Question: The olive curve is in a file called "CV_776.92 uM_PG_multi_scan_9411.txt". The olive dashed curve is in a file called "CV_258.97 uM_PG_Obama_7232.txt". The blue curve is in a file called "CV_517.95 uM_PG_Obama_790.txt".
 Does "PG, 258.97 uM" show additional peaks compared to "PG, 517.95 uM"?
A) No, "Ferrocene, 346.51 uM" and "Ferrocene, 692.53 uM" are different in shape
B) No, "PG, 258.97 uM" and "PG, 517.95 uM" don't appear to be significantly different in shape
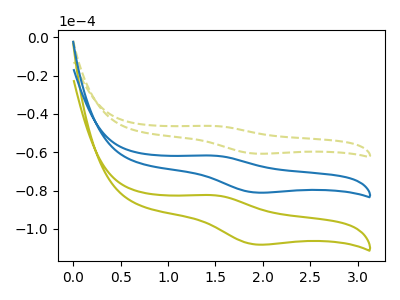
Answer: <think>The olive curve "PG, 776.92 uM" has an anodic peak at (1.45V, -123.55uA) and a cathodic peak at (1.95V, -162.15uA). The olive dashed curve "PG, 258.97 uM" has an anodic peak at (1.45V, -46.30uA) and a cathodic peak at (1.95V, -60.75uA). The blue curve "PG, 517.95 uM" has an anodic peak at (1.45V, -61.75uA) and a cathodic peak at (1.95V, -81.05uA).
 All the peaks in "PG, 258.97 uM" have a peak in "PG, 517.95 uM" at the same potential.</think>
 <answer>B) No, "PG, 258.97 uM" and "PG, 517.95 uM" don't appear to be significantly different in shape</answer>
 <eval>B</eval>